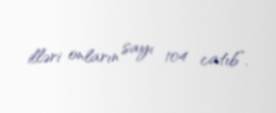
illəri onların sayı 104 catıb”.